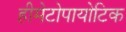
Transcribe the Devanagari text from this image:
हीमेटोपायोटिक